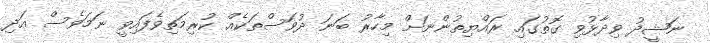
ނަޝީދު ވިދާޅުވި ގޮތުގައި ރައްޔިތުންނަށް މިހާރު ބަނަ ދުވަސްތަކެއް ކުރިމަތިވެފައިވީ ނަމަވެސް އަދި